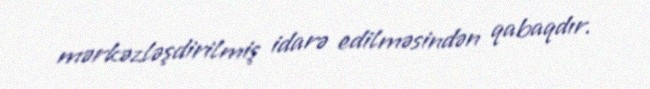
mərkəzləşdirilmiş idarə edilməsindən qabaqdır.